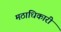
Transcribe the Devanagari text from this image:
मठाधिकारी